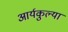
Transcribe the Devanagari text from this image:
आर्यकुल्या